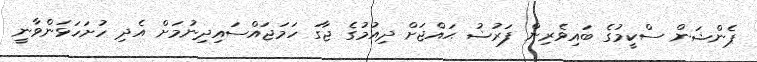
ޕެންޝަން ސްކީމުގެ ބައިވެރިން ފަރުޟު ޙައްޖަށް ދިއުމުގެ ޖާގަ ހަމަޖައްސައިދިނުމަށް އެދި ހުށަހަޅަންވާނީ